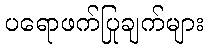
ပရောဖက်ပြုချက်များ